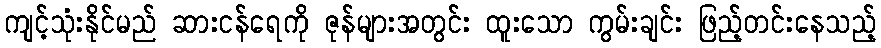
ကျင့်သုံးနိုင်မည် ဆားငန်ရေကို ဇုန်များအတွင်း ထူးသော ကွမ်းချင်း ဖြည့်တင်းနေသည့်